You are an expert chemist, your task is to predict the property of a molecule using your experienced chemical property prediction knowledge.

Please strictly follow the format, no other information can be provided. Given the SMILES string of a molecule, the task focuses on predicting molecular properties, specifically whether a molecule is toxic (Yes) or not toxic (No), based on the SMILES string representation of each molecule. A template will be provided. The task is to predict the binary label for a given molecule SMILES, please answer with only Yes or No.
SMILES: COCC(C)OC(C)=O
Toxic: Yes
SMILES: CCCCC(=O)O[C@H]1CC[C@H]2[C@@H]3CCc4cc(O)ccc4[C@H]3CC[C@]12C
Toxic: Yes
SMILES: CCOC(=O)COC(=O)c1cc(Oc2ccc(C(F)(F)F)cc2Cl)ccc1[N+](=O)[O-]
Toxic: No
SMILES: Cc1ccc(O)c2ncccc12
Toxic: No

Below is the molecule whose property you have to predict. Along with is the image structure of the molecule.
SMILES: CC(C)(O)c1ccccc1
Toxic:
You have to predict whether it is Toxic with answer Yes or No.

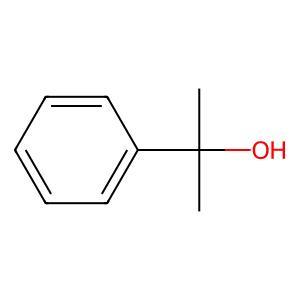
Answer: No